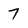
Character: 7